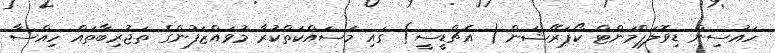
ހައުސިން ޑިވޮލަޕްމަންޓް ކޯޕަރޭޝަން ( އެޗްޑީސީ) ގައި މަސައްކަތްކުރާ މުވައްޒަފުންގެ ތަޖުރިބާތައް ހިއްސާ